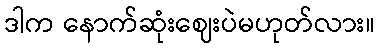
ဒါက နောက်ဆုံးဈေးပဲမဟုတ်လား။